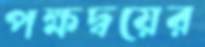
পক্ষদ্বয়ের